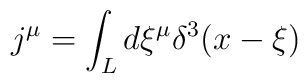
j^\mu = \int_L d \xi^\mu \delta^3 (x - \xi)